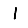
Digit: 1